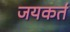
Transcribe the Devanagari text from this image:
जयकर्त